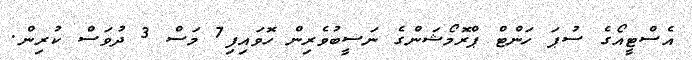
އެސްޓީއޯގެ ސުޕަ ހަންޓް ޕްރޮމޯޝަންގެ ނަސީބުވެރިން ހޮވައިފި7 މަސް 3 ދުވަސް ކުރިން.